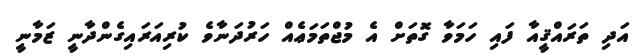
އަދި ތަރައްޤީއާ ފައި ހަމަވާ ގޮތަށް އެ މުޖްތަމަޢެއް ހަރުދަނާވެ ކުރިއަރައިގެންދާނީ ޒަމާނީ